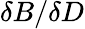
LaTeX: \delta B/\delta D